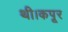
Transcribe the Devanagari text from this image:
थी।कपूर